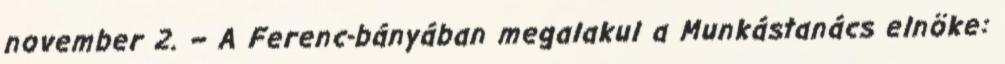
november 2. – A Ferenc-bányában megalakul a Munkástanács elnöke: